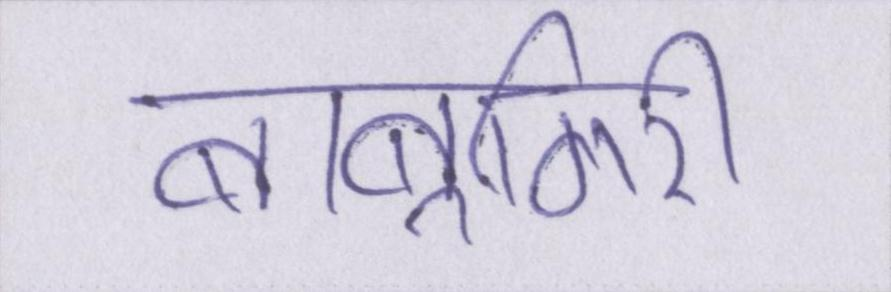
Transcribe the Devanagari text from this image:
बाबूगिरी